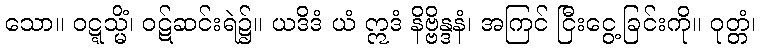
သော။ ဝဋ္ဋသ္မိံ၊ ဝဋ်ဆင်းရဲ၌။ ယဒိဒံ ယံ ဣဒံ နိဗ္ဗိန္ဒနံ၊ အကြင် ငြီးငွေ့ခြင်းကို။ ဝုတ္တံ၊